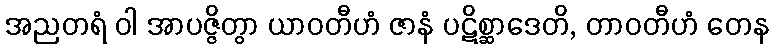
အညတရံ ဝါ အာပဇ္ဇိတွာ ယာဝတီဟံ ဇာနံ ပဋိစ္ဆာဒေတိ, တာဝတီဟံ တေန